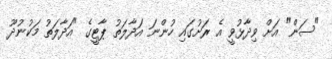
"ސަން" އަށް ވިދާޅުވީ އެ ރަށުގައި ހުންނަ އަދާލަތު ޕާޓީގެ "އަދާލަތު މަކުނުދޫ